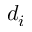
d _ { i }